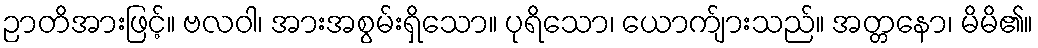
ဉာတိအားဖြင့်။ ဗလဝါ၊ အားအစွမ်းရှိသော။ ပုရိသော၊ ယောက်ျားသည်။ အတ္တနော၊ မိမိ၏။